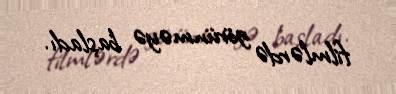
filmlərdə görünməyə başladı.